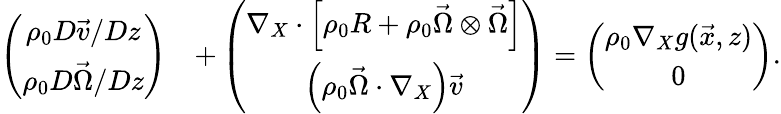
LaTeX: \begin{array}{rl}{\left(\begin{array}{c}{\rho_{0}D\vec{v}/Dz}\\ {\rho_{0}D\vec{\Omega}/Dz}\end{array}\right)}&{+\left(\begin{array}{c}{\nabla_{X}\cdot\left[\rho_{0}R+\rho_{0}\vec{\Omega}\otimes\vec{\Omega}\right]}\\ {\left(\rho_{0}\vec{\Omega}\cdot\nabla_{X}\right)\vec{v}}\end{array}\right)=\left(\begin{array}{c}{\rho_{0}\nabla_{X}g(\vec{x},z)}\\ {0}\end{array}\right).}\end{array}